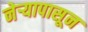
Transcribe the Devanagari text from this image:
नेऱ्यापासून